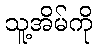
သူ့အိမ်ကို